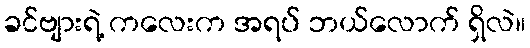
ခင်ဗျားရဲ့ ကလေးက အရပ် ဘယ်လောက် ရှိလဲ။